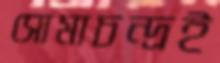
সোমাচন্দ্রই